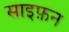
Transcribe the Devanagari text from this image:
साइफ़न